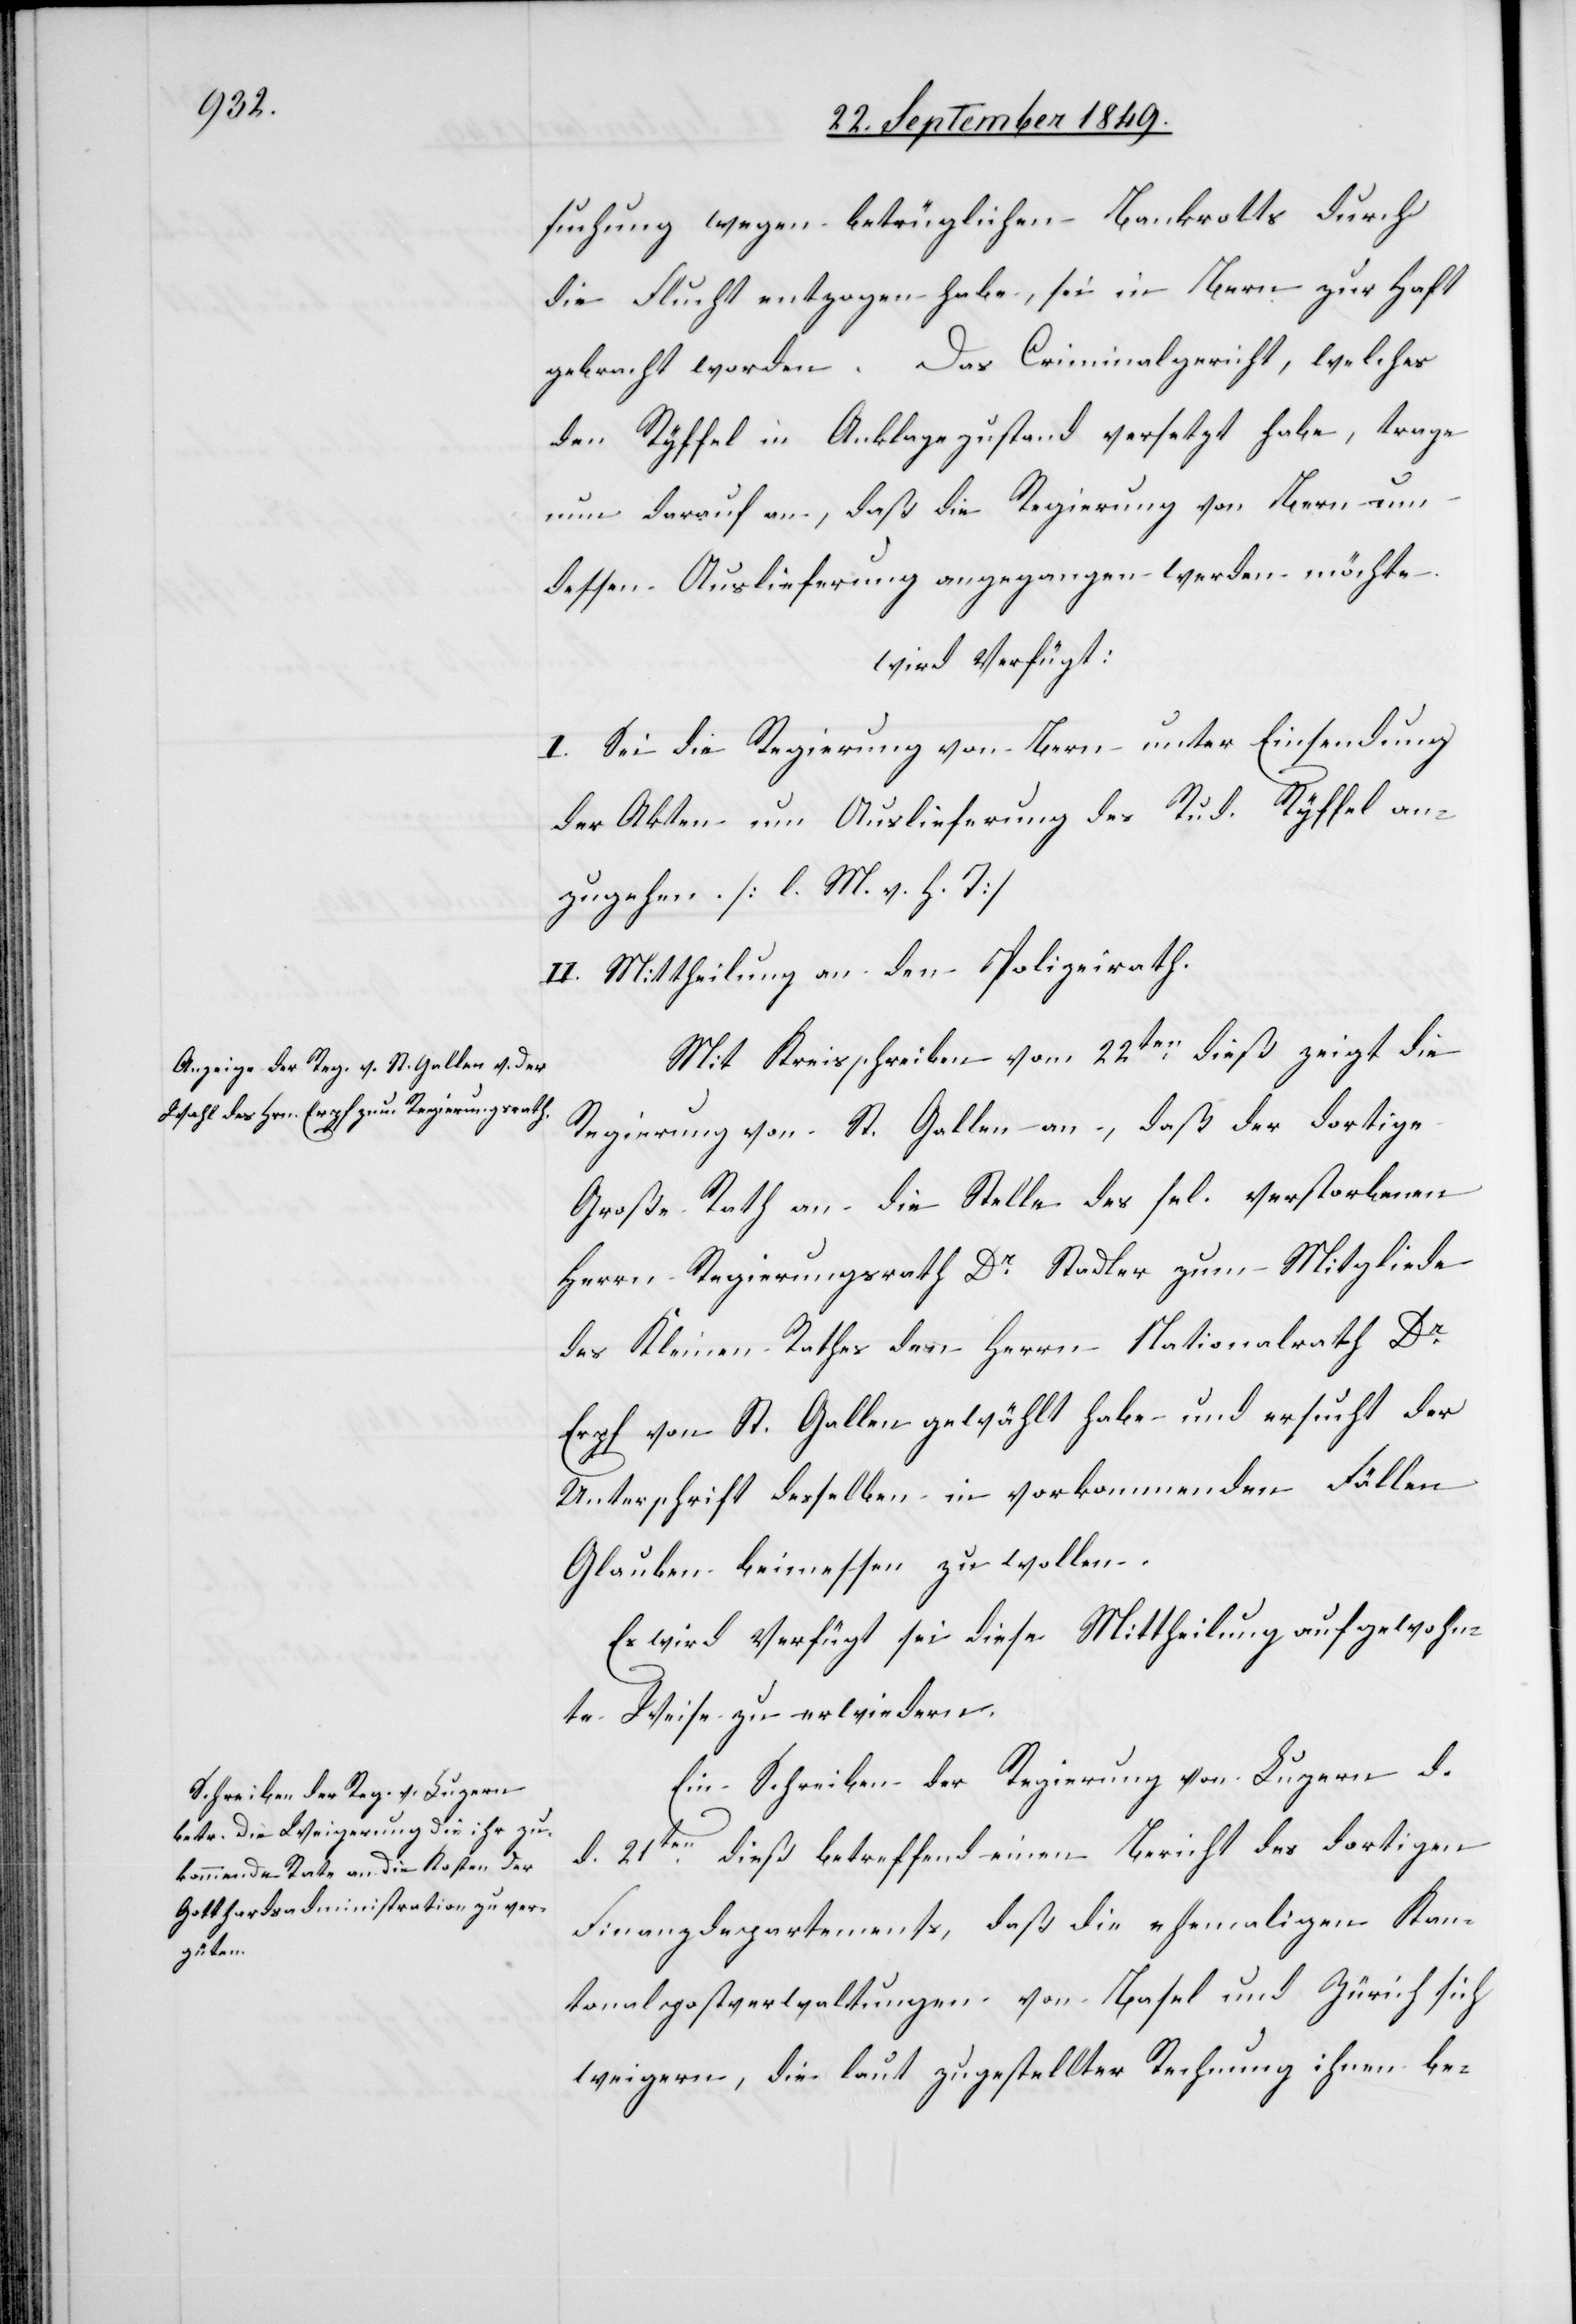
26t September 1849.]
suchung wegen betrüglichen Bankrotts durch
die Flucht entzogen habe, sei in Bern zur Haft
gebracht worden. Das Criminalgericht, welches
den Ryffel in Anklagezustand versetzt habe, trage
nun darauf an, daß die Regierung von Bern um
dessen Auslieferung angegangen werden möchte.
wird verfügt:
I. Sei der Regierung von Bern unter Einsendung
der Akten um Auslieferung des Rud. Ryffel an¬
zugehen. [l. M. v. h. T]
II. Mittheilung an den Polizeirath.
Mit Kreisschreiben vom 22ten dieß zeigt die
Regierung von St. Gallen an, daß der dortige
Große Rath an die Stelle des sel. verstorbenen
Herrn Regierungsrath Dr Stadler zum Mitgliede
des Kleinen Rathes den Herrn Nationalrath Dr
Erpf von St. Gallen gewählt habe und ersucht der
Unterschrift desselben in vorkommenden Fällen
Glauben beimessen zu wollen.
Es wird verfügt sei diese Mittheilung auf gewohn¬
te Weise zu erwiedern.
Ein Schreiben der Regierung von Luzern d.
d. 21ten dieß betreffend einen Bericht des dortigen
Finanzdepartements, daß die ehemaligen Kan¬
tonalpostverwaltungen von Basel und Zürich sich
weigern, die laut zugestellter Rechnung ihnen be-